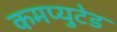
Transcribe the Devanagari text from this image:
कमप्युटेड